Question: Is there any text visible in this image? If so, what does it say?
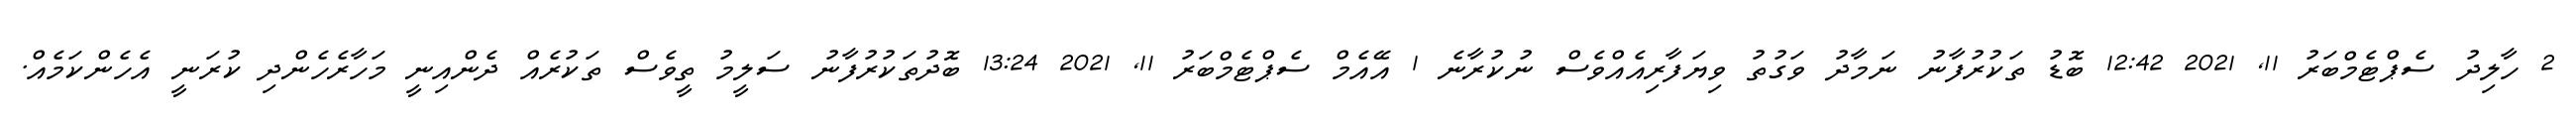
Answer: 2 ހާލިދު ސެޕްޓެމްބަރު 11, 2021 12:42 ބޮޑު ތަކުރުފާނު ނަމާދު ވަގުތު ވިޔަފާރިއެއްވެސް ނުކުރާނެ 1 އޭއެމް ސެޕްޓެމްބަރު 11, 2021 13:24 ބޮދުތަކުރުފާނު ސަލީމު ތީވެސް ތަކުރެއް ދެންއިނީ މަހާރެހެންދި ކުރަނީ އެހެންކަމެއް.